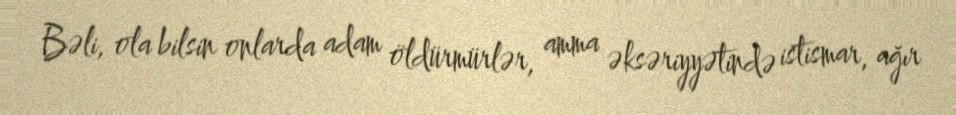
Bəli, ola bilsin onlarda adam öldürmürlər, amma əksəriyyətində istismar, ağır